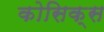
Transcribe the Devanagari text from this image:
कोसिक्स